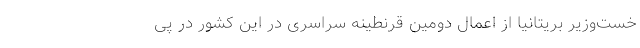
خست‌وزیر بریتانیا از اعمال دومین قرنطینه سراسری در این کشور در پی